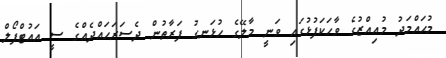
މުޙައްމަދު މުޢިއްޒުގެ ވާހަކަފުޅުގައި ވަނީ މާލޭގެ ހުޅަނގު ފަރާތުން ދެސަރަހައްދެއްގެ ސީ އައުޓްފޯލް